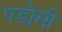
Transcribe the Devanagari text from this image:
पडो़सी